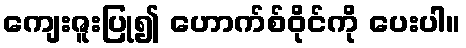
ကျေးဇူးပြု၍ ဟောက်စ်ဝိုင်ကို ပေးပါ။